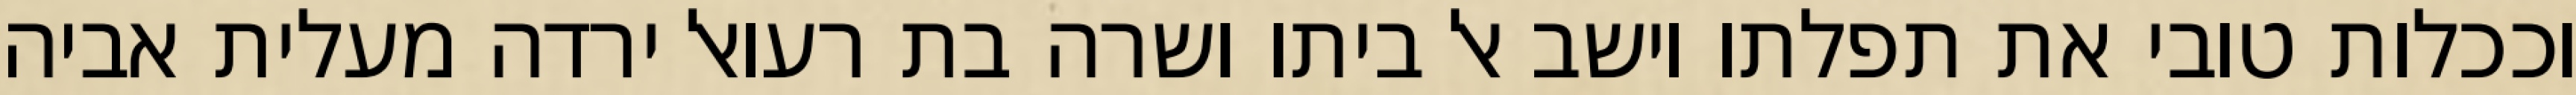
וככלות טובי את תפלתו וישב אל ביתו ושרה בת רעואל ירדה מעלית אביה